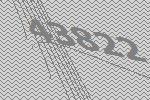
43822